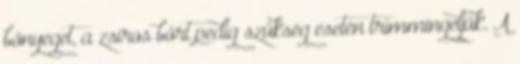
bőnyeget, a zsíros bőrt pedig szükség esetén trimmingeljük. A